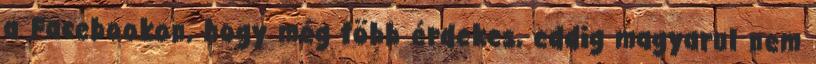
a Facebookon, hogy még több érdekes, eddig magyarul nem